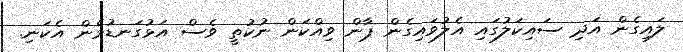
ލައިގެން އަދި ސައިކަލުގައި އެލުވައިގެން ޕާން ވިއްކަން ނުކުތީ ވެސް އަޅުގަނޑުމެން އެކަނި.